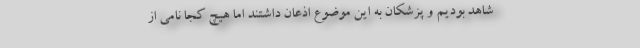
شاهد بودیم و پزشکان به این موضوع اذعان داشتند اما هیچ کجا نامی از